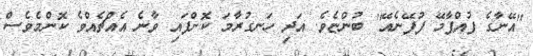
''އޭނާގެ ފުއްޕާމޭ ފުފޭނެއޭ'' ބުންޏެވެ. އަދި ހަނގުރާމަ ކޮށްފައި ވާނެ އެއްޗެއްވެ ކޮންމެވެސް